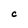
Character: C